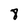
Character: 8